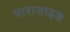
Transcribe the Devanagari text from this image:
पाराडाइड